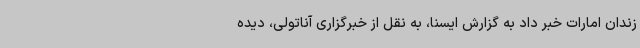
زندان امارات خبر داد به گزارش ایسنا، به نقل از خبرگزاری آناتولی، دیده